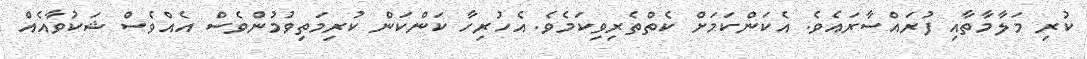
ކުރި މަލާމާތާއި ފުރައްސާރައެވެ. އެކަންކަމަށް ކެތްތެރިވިކަމެވެ. އެހުރިހާ ކަންކަން ކުރިމަތިވުމުންވެސް އެއްވެސް ޝަކުވާއެއް